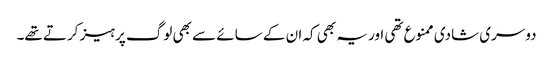
دوسری شادی ممنوع تھی اور یہ بھی کہ ان کے سائے سے بھی لوگ پرہیز کرتے تھے۔